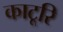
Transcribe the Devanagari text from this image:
काटूरि